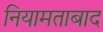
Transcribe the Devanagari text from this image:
नियामताबाद